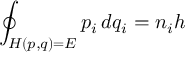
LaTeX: \oint _ { H ( p , q ) = E } p _ { i } \, d q _ { i } = n _ { i } h